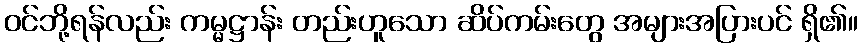
ဝင်ဘို့ရန်လည်း ကမ္မဋ္ဌာန်း တည်းဟူသော ဆိပ်ကမ်းတွေ အများအပြားပင် ရှိ၏။